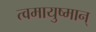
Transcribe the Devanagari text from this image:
त्वमायुष्मान्